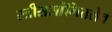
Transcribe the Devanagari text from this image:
स्त्रीससांगितलेंव